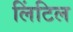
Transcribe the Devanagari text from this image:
लिंटिल